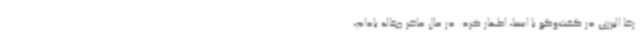
رضا البرزی در گفت‌وگو با ایسنا، اظهار کرد: در حال حاضر چغاله بادام،